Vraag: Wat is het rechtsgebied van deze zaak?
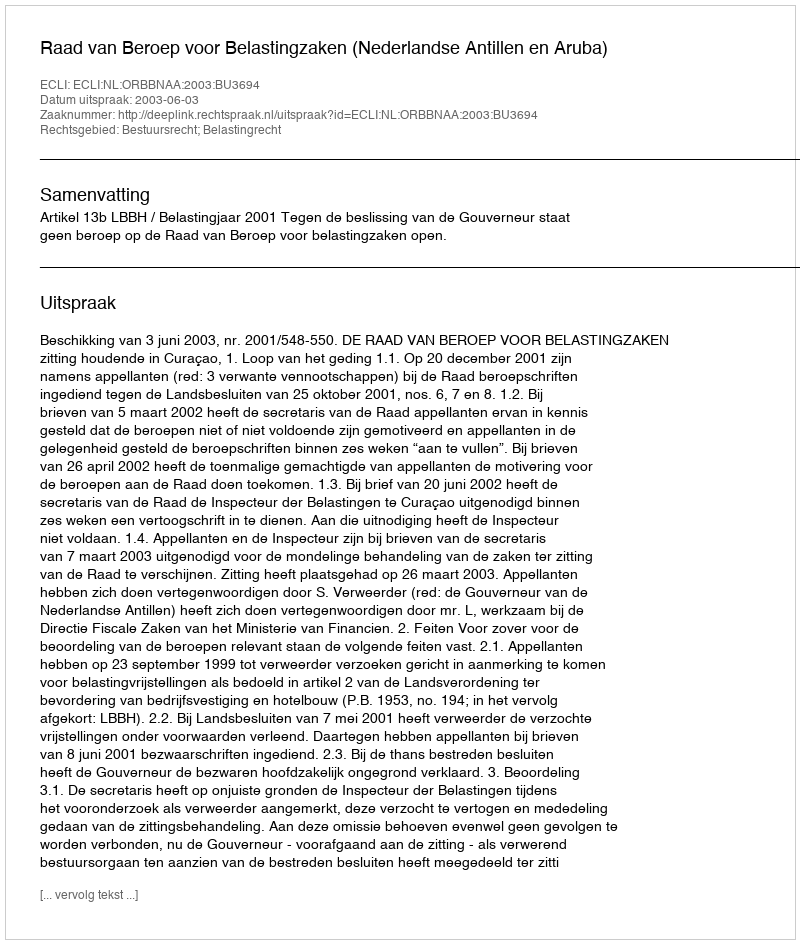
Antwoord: Bestuursrecht; Belastingrecht